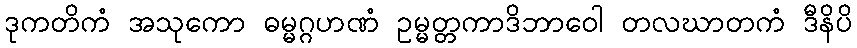
ဒုကတိကံ အသုကော ဓမ္မဂ္ဂဟဏံ ဥမ္မတ္တကာဒိဘာဝေါ တလဃာတကံ ဒီနိပိ